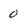
Character: 0